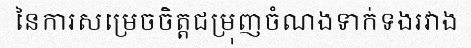
នៃការសម្រេចចិត្តជម្រុញចំណងទាក់ទងរវាង